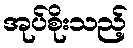
အုပ်စိုးသည့်